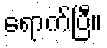
ရောက်ပြီ။